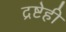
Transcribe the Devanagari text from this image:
द्रष्टेही